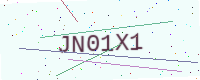
Text: JN01X1